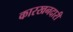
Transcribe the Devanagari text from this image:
कारखनदारी